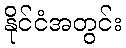
နိုင်ငံအတွင်း